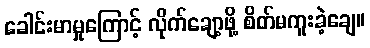
ခေါင်းမာမှုကြောင့် လိုက်ချော့ဖို့ စိတ်မကူးခဲ့ချေ။